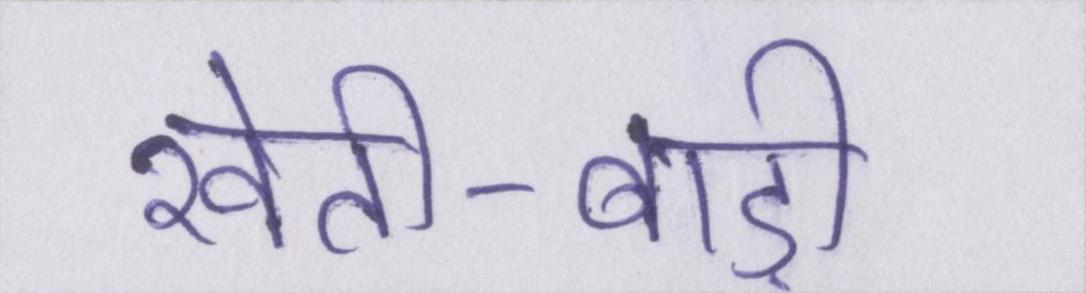
खेती-बाड़ी